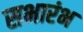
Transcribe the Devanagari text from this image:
सभारंभ